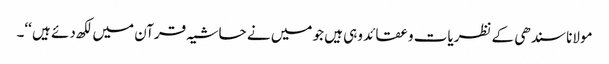
مولانا سندھی کے نظریات و عقائد وہی ہیں جو میں نے حاشیہ قرآن میں لکھ دئے ہیں ‘‘۔